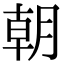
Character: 朝